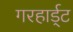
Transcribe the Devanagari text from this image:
गरहार्ड्‌ट